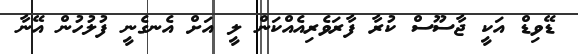
ޑޭވިޑް އަކީ ޖާސޫސް ކުރާ ފާރަވެރިއެއްކަން ލީ އަށް އެނގެނީ ފުލުހުން އޭނާ